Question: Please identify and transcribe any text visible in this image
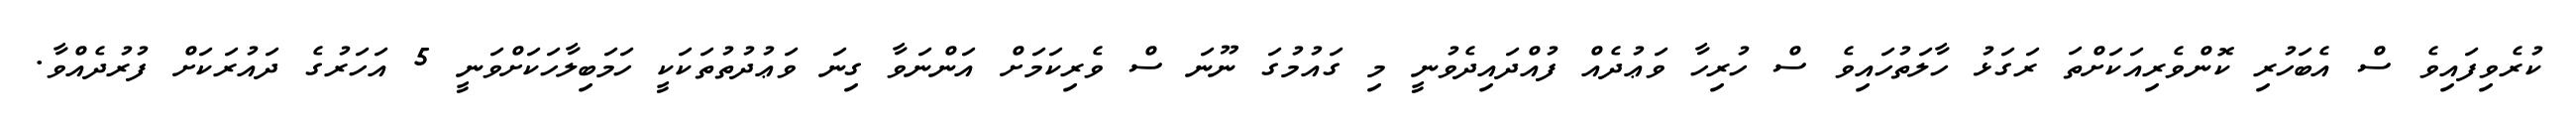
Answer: ކުރެވިފައިވެ ސް އެބަހުރި ކޮންވެރިއަކަށްތަ ރަގަޅު ހާލަތުހައިވެ ސް ހުރިހާ ވަޢުދެއް ފުއްދައިދެވުނީ މި ގައުމުގަ ނޫނަ ސް ވެރިކަމަށް އަންނަވާ ގިނަ ވަޢުދުތުތަކަކީ ހަމަބިލާހަކަށްވަނީ 5 އަހަރުގެ ދައުރަކަށް ފުރުދެއްވާ.